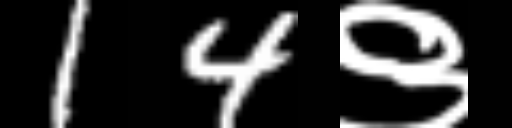
Text: 14९